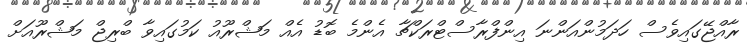
ރާއްޖޭގައިވެސް ހަދަމުންއަންނަ އިންފްރާސްޓްރަކްޗާ އެންމެ ބޮޑު އެއް މަޝްރޫއު ކަމުގައިވާ ބްރިޖް މަޝްރޫއަށް